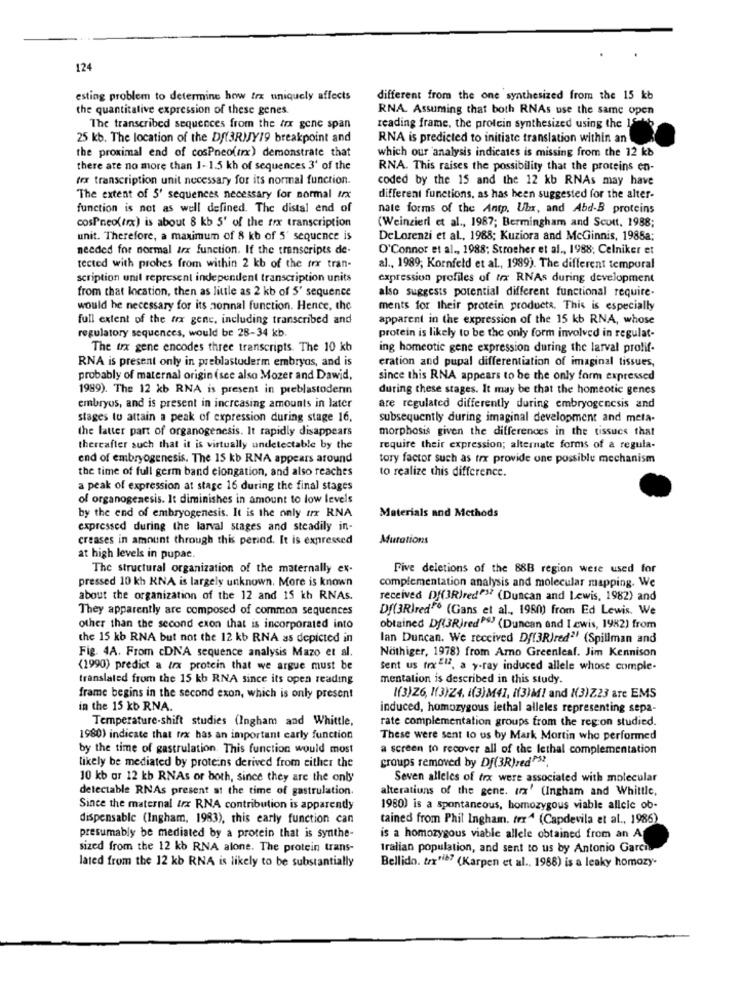
124
esting problem to determine how trx uniquely affects
different from the one synthesized from the 15 kb
the quantitative expression of these genes.
RNA. Assuming that both RNAs use the same open
reading frame, the protein synthesized using the 15
The transcribed sequences from the trx gene span
25 kb. The location of the Df(3R)JY79 breakpoint and
RNA is predicted to initiate translation within an
the proximal end of cosPneoftrx) demonstrate that
which our analysis indicates is missing from the 12 kb
there are no more than 1- 1.5 kh of sequences 3' of the
RNA. This raises the possibility that the proteins en-
tex transcription unit necessary for its normal function.
coded by the 15 and the 12 kb RNAs may have
"The extent of 5' sequences necessary for normal N/x
different functions, as has been suggested for the alter-
function is not as well defined. The distal end of
nate forms of the Antp. Ubr, and Abd-B proteins
cosPneo(trx) is about 8 kb 5' of the trx transcription
(Weinzierl et al ., 1987; Bermingham and Scott, 1988;
unit. Therefore, a maximum of 8 kb of 5' sequence is
DeLorenzi et al ., 1988; Kuziora and McGinnis, 1988a;
needed for normal arx function. If the transcripts de-
O'Connor et al ., 1988; Strocher et al ., 1988; Celniker et
tected with probes from within 2 kb of the trx tran-
al ., 1989; Kornfeld et al ., 1989). The different temporal
scription unil represent independent transcription units
expression profiles of tx RNAs during development
from that location, then as little as 2 kb of 5' sequence
also suggests potential different functional require-
would he necessary for its nonnal function. Hence, the
ments for their protein products. This is especially
full extent of the trx gene, including transcribed and
apparent in the expression of the 15 kb RNA, whose
regulatory sequences, would be 28-34 kb.
protein is likely to be the only form involved in regulat-
The tox gene encodes three transcripts. The 10 kb
ing homeotic gene expression during the larval prolif-
RNA is present only in preblastuderm embryos, and is
eration and pupal differentiation of imaginal tissues,
probably of maternal origin (see also Mozer and Dawid,
since this RNA appears to be the only form expressed
1989). The 12 kb RNA is present in preblastodenn
during these stages. It may be that the homeotic genes
embryos, and is present in increasing amounts in later
are regulated differently during embryogenesis and
stages to attain a peak of expression during stage 16,
subsequently during imaginal development and meta-
morphosis given the differences in the tissucs that
the latter part of organogenesis. It rapidly disappears
thereafter such that it is virtually undetectable by the
require their expression; alternate forms of a regula-
end of embryogenesis. The 15 kb RNA appears around
tory factor such as trx provide one possible mechanism
the time of full germ band elongation, and also reaches
to realize this difference.
a peak of expression at stage 16 during the final stages
of organogenesis. It diminishes in amount to low levels
by the end of embryogenesis. It is the only trx RNA
Materials and Methods
expressed during the larval stages and steadily in-
creases in amount through this period. It is expressed
Mutations
at high levels in pupae.
The structural organization of the maternally ex-
Five deletions of the 88B region were used for
pressed 10 kb KNA is largely unknown. More is known
complementation analysis and molecular mapping. We
about the organization of the 12 and 15 kh RNAs.
received Df(3R)redes? (Duncan and Lewis, 1982) and
They apparently are composed of common sequences
Df(3Rired" (Gans et al ., 1980) from Ed Lewis. We
other than the second exon that is incorporated into
obtained Df(3RjredPS (Duncan and I zwis, 1982) from
the 15 kb RNA but not the 12 kb RNA as depicted in
lan Duncan. We received Df(3R)red2' (Spillman and
Fig. 4A. From cDNA sequence analysis Mazo et al.
Nothiger, 1978) from Amo Greenleaf. Jim Kennison
(1990) predict a Irx protein that we argue must be
Sent us trxEl2, a y-ray induced allele whose comple.
translated from the 15 kb RNA since its open reading
mentation is described in this study.
frame begins in the second exon, which is only present
I(3)Z6, 1(3)Z4, i(3)M41, ((3)Ml and ((3)Z23 are EMS
in the 15 kb RNA.
induced, homozygous lethal alleles representing sepa-
Temperature-shift studies (Ingham and Whittle,
rate complementation groups from the region studied.
1980) indicate that trx has an important carly function
These were sent to us by Mark Mortin who performed
by the time of gastrulation. This function would most
a screen to recover all of the lethal complementation
likely be mediated by proteins derived from either the
groups removed by Df(3R)redPs2,
10 kb or 12 kb RNAs or both, since they are the only
Seven alleles of trx were associated with molecular
detectable RNAs present at the time of gastrulation
alteratiuns of the gene. irx' (Ingham and Whittle,
Since the maternal trx RNA contribution is apparendy
1980) is a spontaneous, homozygous viable allele ob-
dispensable (Ingham, 1983), this early function can
tained from Phil Ingham. frr4 (Capdevila et al ., 1986)
presumably be mediated by a protein that is synthe-
is a homozygous viable allele obtained from an A
sized from the 12 kb RNA alone. The protein trans-
tralian population, and sent to us by Antonio Garcia
Bellido. trx"i67 (Karpen et al ., 1988) is a leaky homozy.
lated from the 12 kb RNA is likely to be substantially